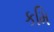
કમિ